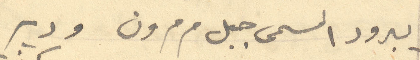
يبرود المسمى جبل مرمرون ودير